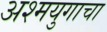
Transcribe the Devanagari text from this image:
अश्मयुगाचा